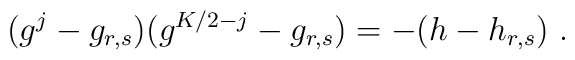
(g^j -g_{r,s})(g^{K/2-j} -g_{r,s})=-(h-h_{r,s}){}~.